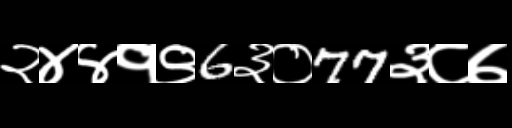
Text: २४४१९6३०77३८७